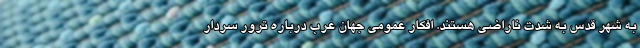
به شهر قدس به شدت ناراضی هستند. افکار عمومی جهان عرب درباره ترور سردار